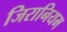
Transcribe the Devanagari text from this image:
जिरानियम